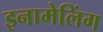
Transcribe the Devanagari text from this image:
इनामेलिंग